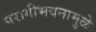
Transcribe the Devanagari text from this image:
परागीभवनामुळे